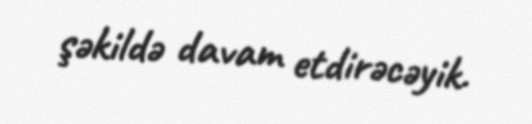
şəkildə davam etdirəcəyik.